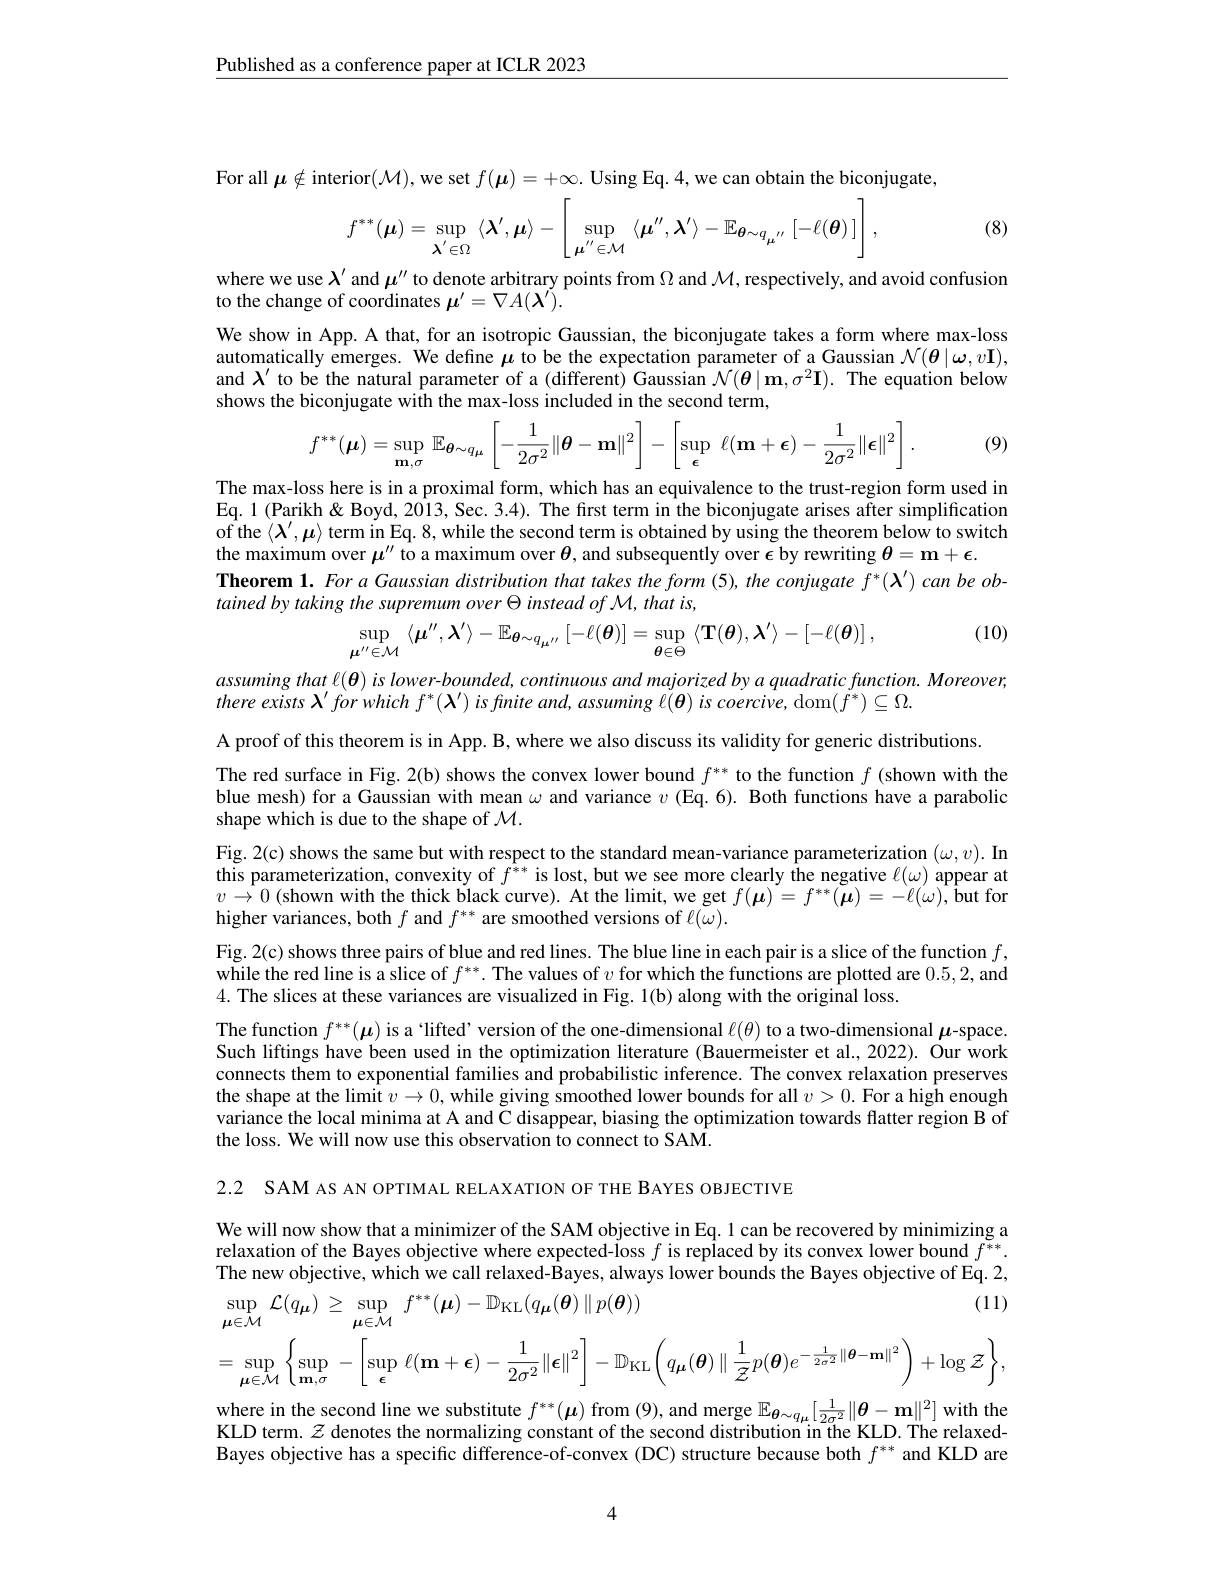
Published as a conference paper at ICLR 2023

For all $\mu\notin$interior$(\mathcal{M})$,
$$f^{**}(\boldsymbol{\mu})=\sup\limits_{\boldsymbol{\lambda}^{'}\in\Omega}\langle\boldsymbol{\lambda}^{'},\boldsymbol{\mu}\rangle-\left[\sup\limits_{\boldsymbol{\mu}^{''}\in\mathcal{M}}\langle\boldsymbol{\mu}^{''},\boldsymbol{\lambda}^{'}\rangle-\mathbb{E}_{\boldsymbol{\theta}\sim q_{\mu''}}\left[-\ell(\boldsymbol{\theta})\right]\right],$$
(8)

where we use $\lambda^\prime$ and $\mu^{\prime}$
to the change of coordinates $\mu^\prime=\nabla A(\boldsymbol{\lambda}^{\prime}).$

We show in App. A that, for an isotropic Gaussian, the biconjugate takes a form where max-loss automatically emerges. We define $\mu$ to be the expectation parameter of a Gaussian $\mathcal{N}(\boldsymbol{\theta}\mid\boldsymbol{\omega},v\mathbf{I})$, and $\lambda^\prime$ to be the natural parameter of a (different) Gaussian $\mathcal{N}(\boldsymbol{\theta}\mid\mathbf{m},\sigma^2\mathbf{I}).$ The equation below shows the biconjugate with the max-loss included in the second term,
$$f^{**}(\boldsymbol{\mu})=\sup\limits_{\mathbf{m},\sigma}\mathbb{E}_{\boldsymbol{\theta}\sim q_{\mu}}\left[-\frac{1}{2\sigma^2}\|\boldsymbol{\theta}-\mathbf{m}\|^2\right]-\left[\sup\limits_{\boldsymbol{\epsilon}}\:\ell(\mathbf{m}+\boldsymbol{\epsilon})-\frac{1}{2\sigma^2}\|\boldsymbol{\epsilon}\|^2\right].$$
(9)

The max-loss here is in a proximal form, which has an equivalence to the trust-region form used in Eq. 1 (Parikh & Boyd, 2013, of the $\langle\boldsymbol{\lambda}^\prime,\boldsymbol{\mu}\rangle$ term in Eq. 8, while the second term is obtained by using the theorem below to switch the maximum over $\mu^{\prime\prime}\hat{\text{t}}$
$\begin{array}{l}\mathbf{Theorem~1.~For~a~Gaussian~distribution~that~takes~the~form~(5),~the~conjugate~f^{*}(\lambda^{\prime})~can~be~ob}\\tained~by~taking~the~supremum~over~\Theta~instead~of~\mathcal{M},~that~is,~\end{array}$
$$\sup_{\boldsymbol{\mu}^{\prime\prime}\in\mathcal{M}}\:\langle\boldsymbol{\mu}^{\prime\prime},\boldsymbol{\lambda}^{\prime}\rangle-\mathbb{E}_{\boldsymbol{\theta}\sim q_{\boldsymbol{\mu}^{\prime\prime}}}\:[-\ell(\boldsymbol{\theta})]=\sup_{\boldsymbol{\theta}\in\Theta}\:\langle\mathbf{T}(\boldsymbol{\theta}),\boldsymbol{\lambda}^{\prime}\rangle-[-\ell(\boldsymbol{\theta})]\:,$$
(10)

assuming that $\ell(\boldsymbol{\theta})$ is
there exists $\lambda^\prime forwhichf^*(\boldsymbol{\lambda}^{\prime})$ is fnite and, assuming $\ell(\boldsymbol{\theta})$ is coercive, dom$(\dot{f}^*)\subseteq\Omega.$

A proof of this theorem is in App. B, where we also discuss its validity for generic distributions.
The red surface in Fig. 2(b) shows the convex lower bound $f^{**}$ to the function $f$ (shown with the blue mesh) for a Gaussian with mean $\omega$ and variance $v$ (Eq. 6). Both functions have a parabolic shape which is due to the shape of $\mathcal{M}.$
Fig. 2(c) shows the same but with respect to the standard mean-variance parameterization $(\omega,v).$ In this parameterization, convexity of $\hat{f^{**}}$ is lost, but we see more clearly the negative $\ell(\omega)$ appear at $v\to0$ (shown with the thick black curve). At the limit, we get $f(\boldsymbol{\mu})=f^{**}(\tilde{\boldsymbol{\mu}})=-\ell(\omega),\tilde{\mathbf{but~for}}$ higher variances, both $f$ a
Fig. 2(c) shows three pairs of blue and red lines. The blue line in each pair is a slice of the function $f$, while the red line is a slice of $f^{**}.$ The values of $v$ for which the functions are plotted are 0.5,2,and 4. The slices at these var
The function $f^{**}(\boldsymbol{\mu})$ is a `lifted' version of the one-dimensional $\ell(\theta)$ to a two-dimensional $\mu$-space Such liftings have been used in the optimization literature (Bauermeister et al.,2022). Our work connects them to exponential families and probabilistic inference. The convex relaxation preserves the shape at the limit $v\to0$, while giving smoothed lower bounds for all $v>0.$ For a high enough variance the local minima at A and C disappear, biasing the optimization towards flatter region B of the loss. We will now use this observation to connect to SAM.

2.2 SAM AS AN OPTIMAL RELAXATION OF THE BAYES OBJECTIVE

We will now show that a minimizer of the SAM objective in Eq. 1 can be recovered by minimizing a relaxation of the Bayes objective where expected-loss $f$ is replaced by its convex lower bound $f^{**}.$ The new objective, which we call relaxed-Bayes, always lower bounds the Bayes objective of Eq. 2,
$$\begin{aligned}&\sup_{\boldsymbol{\mu}\in\mathcal{M}}\mathcal{L}(q_{\boldsymbol{\mu}})\geq\sup_{\boldsymbol{\mu}\in\mathcal{M}}f^{**}(\boldsymbol{\mu})-\mathbb{D}_{\mathrm{KL}}(q_{\boldsymbol{\mu}}(\boldsymbol{\theta})\parallel p(\boldsymbol{\theta}))&\text{(11)}\\&=\sup_{\boldsymbol{\mu}\in\mathcal{M}}\left\{\sup_{\mathbf{m},\sigma}-\left[\sup_{\boldsymbol{\epsilon}}\ell(\mathbf{m}+\boldsymbol{\epsilon})-\frac{1}{2\sigma^{2}}\|\boldsymbol{\epsilon}\|^{2}\right]-\mathbb{D}_{\mathrm{KL}}\left(q_{\boldsymbol{\mu}}(\boldsymbol{\theta})\parallel\frac{1}{\mathcal{Z}}p(\boldsymbol{\theta})e^{-\frac{1}{2\sigma^{2}}\|\boldsymbol{\theta}-\mathbf{m}\|^{2}}\right)+\log\mathcal{Z}\right\},\end{aligned}$$
where in the second line we KLD term. $\mathcal{Z}$ denotes the normalizing constant of the second distribution in the KLD. The relaxedBayes objective has a specific difference-of-convex (DC) structure because both $f^{**}$ and KLD are

4